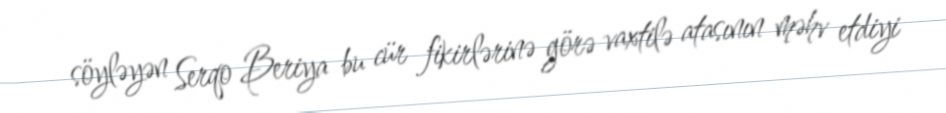
söyləyən Serqo Beriya bu cür fikirlərinə görə vaxtilə atasının məhv etdiyi